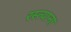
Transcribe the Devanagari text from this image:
रस्त्याना